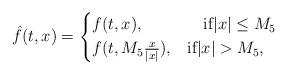
LaTeX: \begin{align*}\hat{f}(t,x) = \begin{cases} f(t,x),&\quad\hbox{if}|x| \leq M_5\\f(t,M_5\frac{x}{|x|}),&\hbox{if}|x| > M_5,\end{cases}\end{align*}